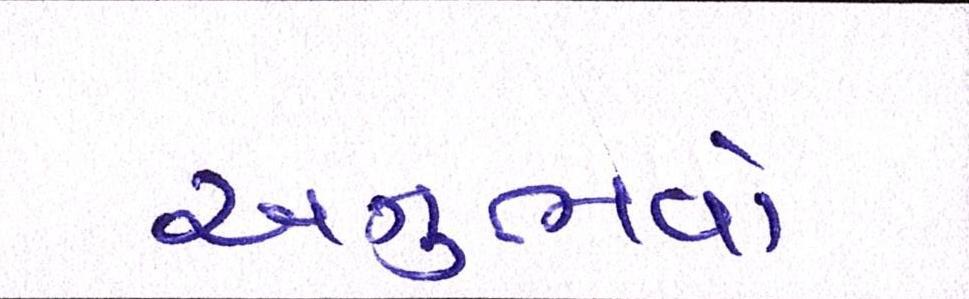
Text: અનુભવો